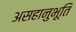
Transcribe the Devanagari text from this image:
असहानुभूति